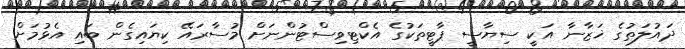
ދައުލަތުގެ ޚަޒާނާ އަކީ ސިޔާސީ ޕާޓީތަކުގެ އެކްޓިވިސްޓުންނަށް މުސާރައޭ ކިޔައިގެން ބައި އެޅުމަށް